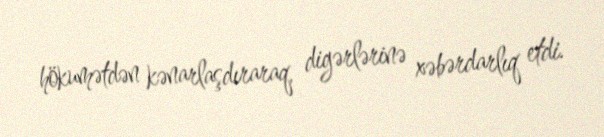
hökumətdən kənarlaşdıraraq, digərlərinə xəbərdarlıq etdi.